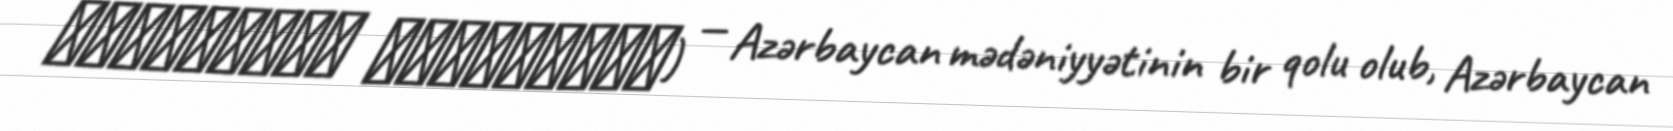
آذربایجان موسیقی‌سی) — Azərbaycan mədəniyyətinin bir qolu olub, Azərbaycan